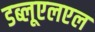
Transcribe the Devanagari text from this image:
डब्लूएलएल